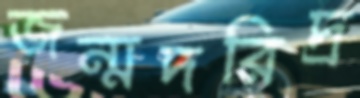
জন্মদরিদ্র